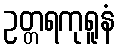
ဥတ္တရကုရူနံ